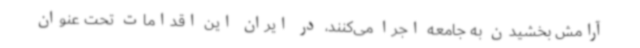
آرامش بخشیدن به جامعه اجرا می‌کنند، در ایران این اقدامات تحت عنوان